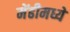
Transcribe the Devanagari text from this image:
मेंढीमध्ये